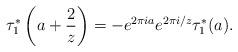
LaTeX: \begin{align*}\tau^{*}_1\left(a+\frac{2}{z}\right)=-e^{2\pi i a}e^{2\pi i/z}\tau^{*}_1(a).\end{align*}